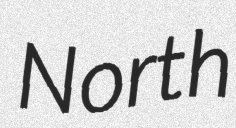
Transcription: North